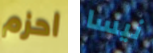
احزم نيسا